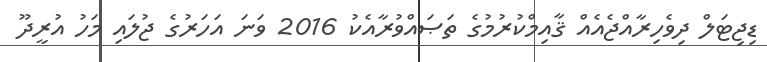
ޑިޖިޓަލް ދިވެހިރާއްޖެއެއް ޤާއިމްކުރުމުގެ ތަޞައްވުރާއެކު 2016 ވަނަ އަހަރުގެ ޖުލައި މަހު އުރީދޫ